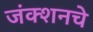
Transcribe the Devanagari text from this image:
जंक्शनचे